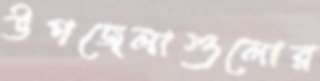
উপজেলাগুলোর